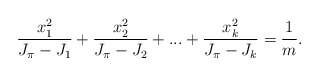
\begin{align*}\frac{x_1^2}{J_\pi-J_1}+\frac{x_2^2}{J_\pi-J_2}+...+\frac{x_k^2}{J_\pi-J_k}=\frac{1}{m}.\end{align*}